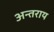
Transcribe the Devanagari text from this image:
अन्तराय